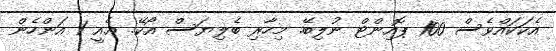
އެކަކައްވެސް 100 ޕޮއިންޓް ނުލިބޭ. މިހާރި ބެލިޔަސް އޯކޭ. ޢެއީ 1 އަންހެން